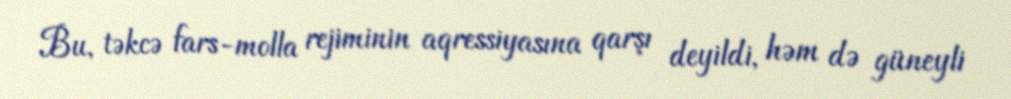
Bu, təkcə fars-molla rejiminin aqressiyasına qarşı deyildi, həm də güneyli